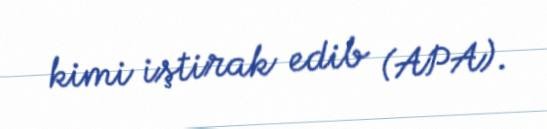
kimi iştirak edib (APA).